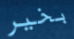
بخير